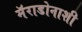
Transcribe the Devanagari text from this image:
मॅराडोनाशी